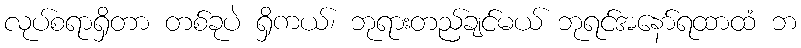
လုပ်စရာရှိတာ တစ်ခုပဲ ရှိကယ်၊ ဘုရားတည်ချင်မယ် ဘုရင်အနော်ရထာထံ ဘ